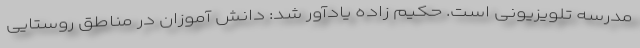
مدرسه تلویزیونی است. حکیم زاده یادآور شد: دانش آموزان در مناطق روستایی